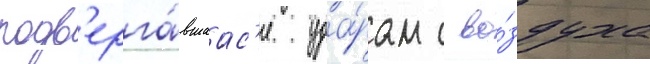
подв'ерга́вшаас'я уда́рам с во́здуха